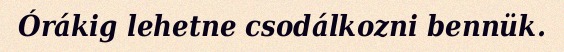
Órákig lehetne csodálkozni bennük.